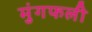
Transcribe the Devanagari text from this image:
मुंगफली